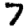
Digit: 7